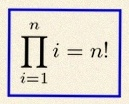
\prod_{i=1}^{n}i=n!